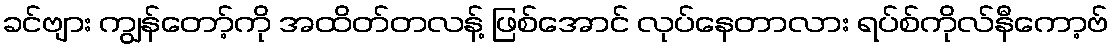
ခင်ဗျား ကျွန်တော့်ကို အထိတ်တလန့် ဖြစ်အောင် လုပ်နေတာလား ရပ်စ်ကိုလ်နီကော့ဗ်